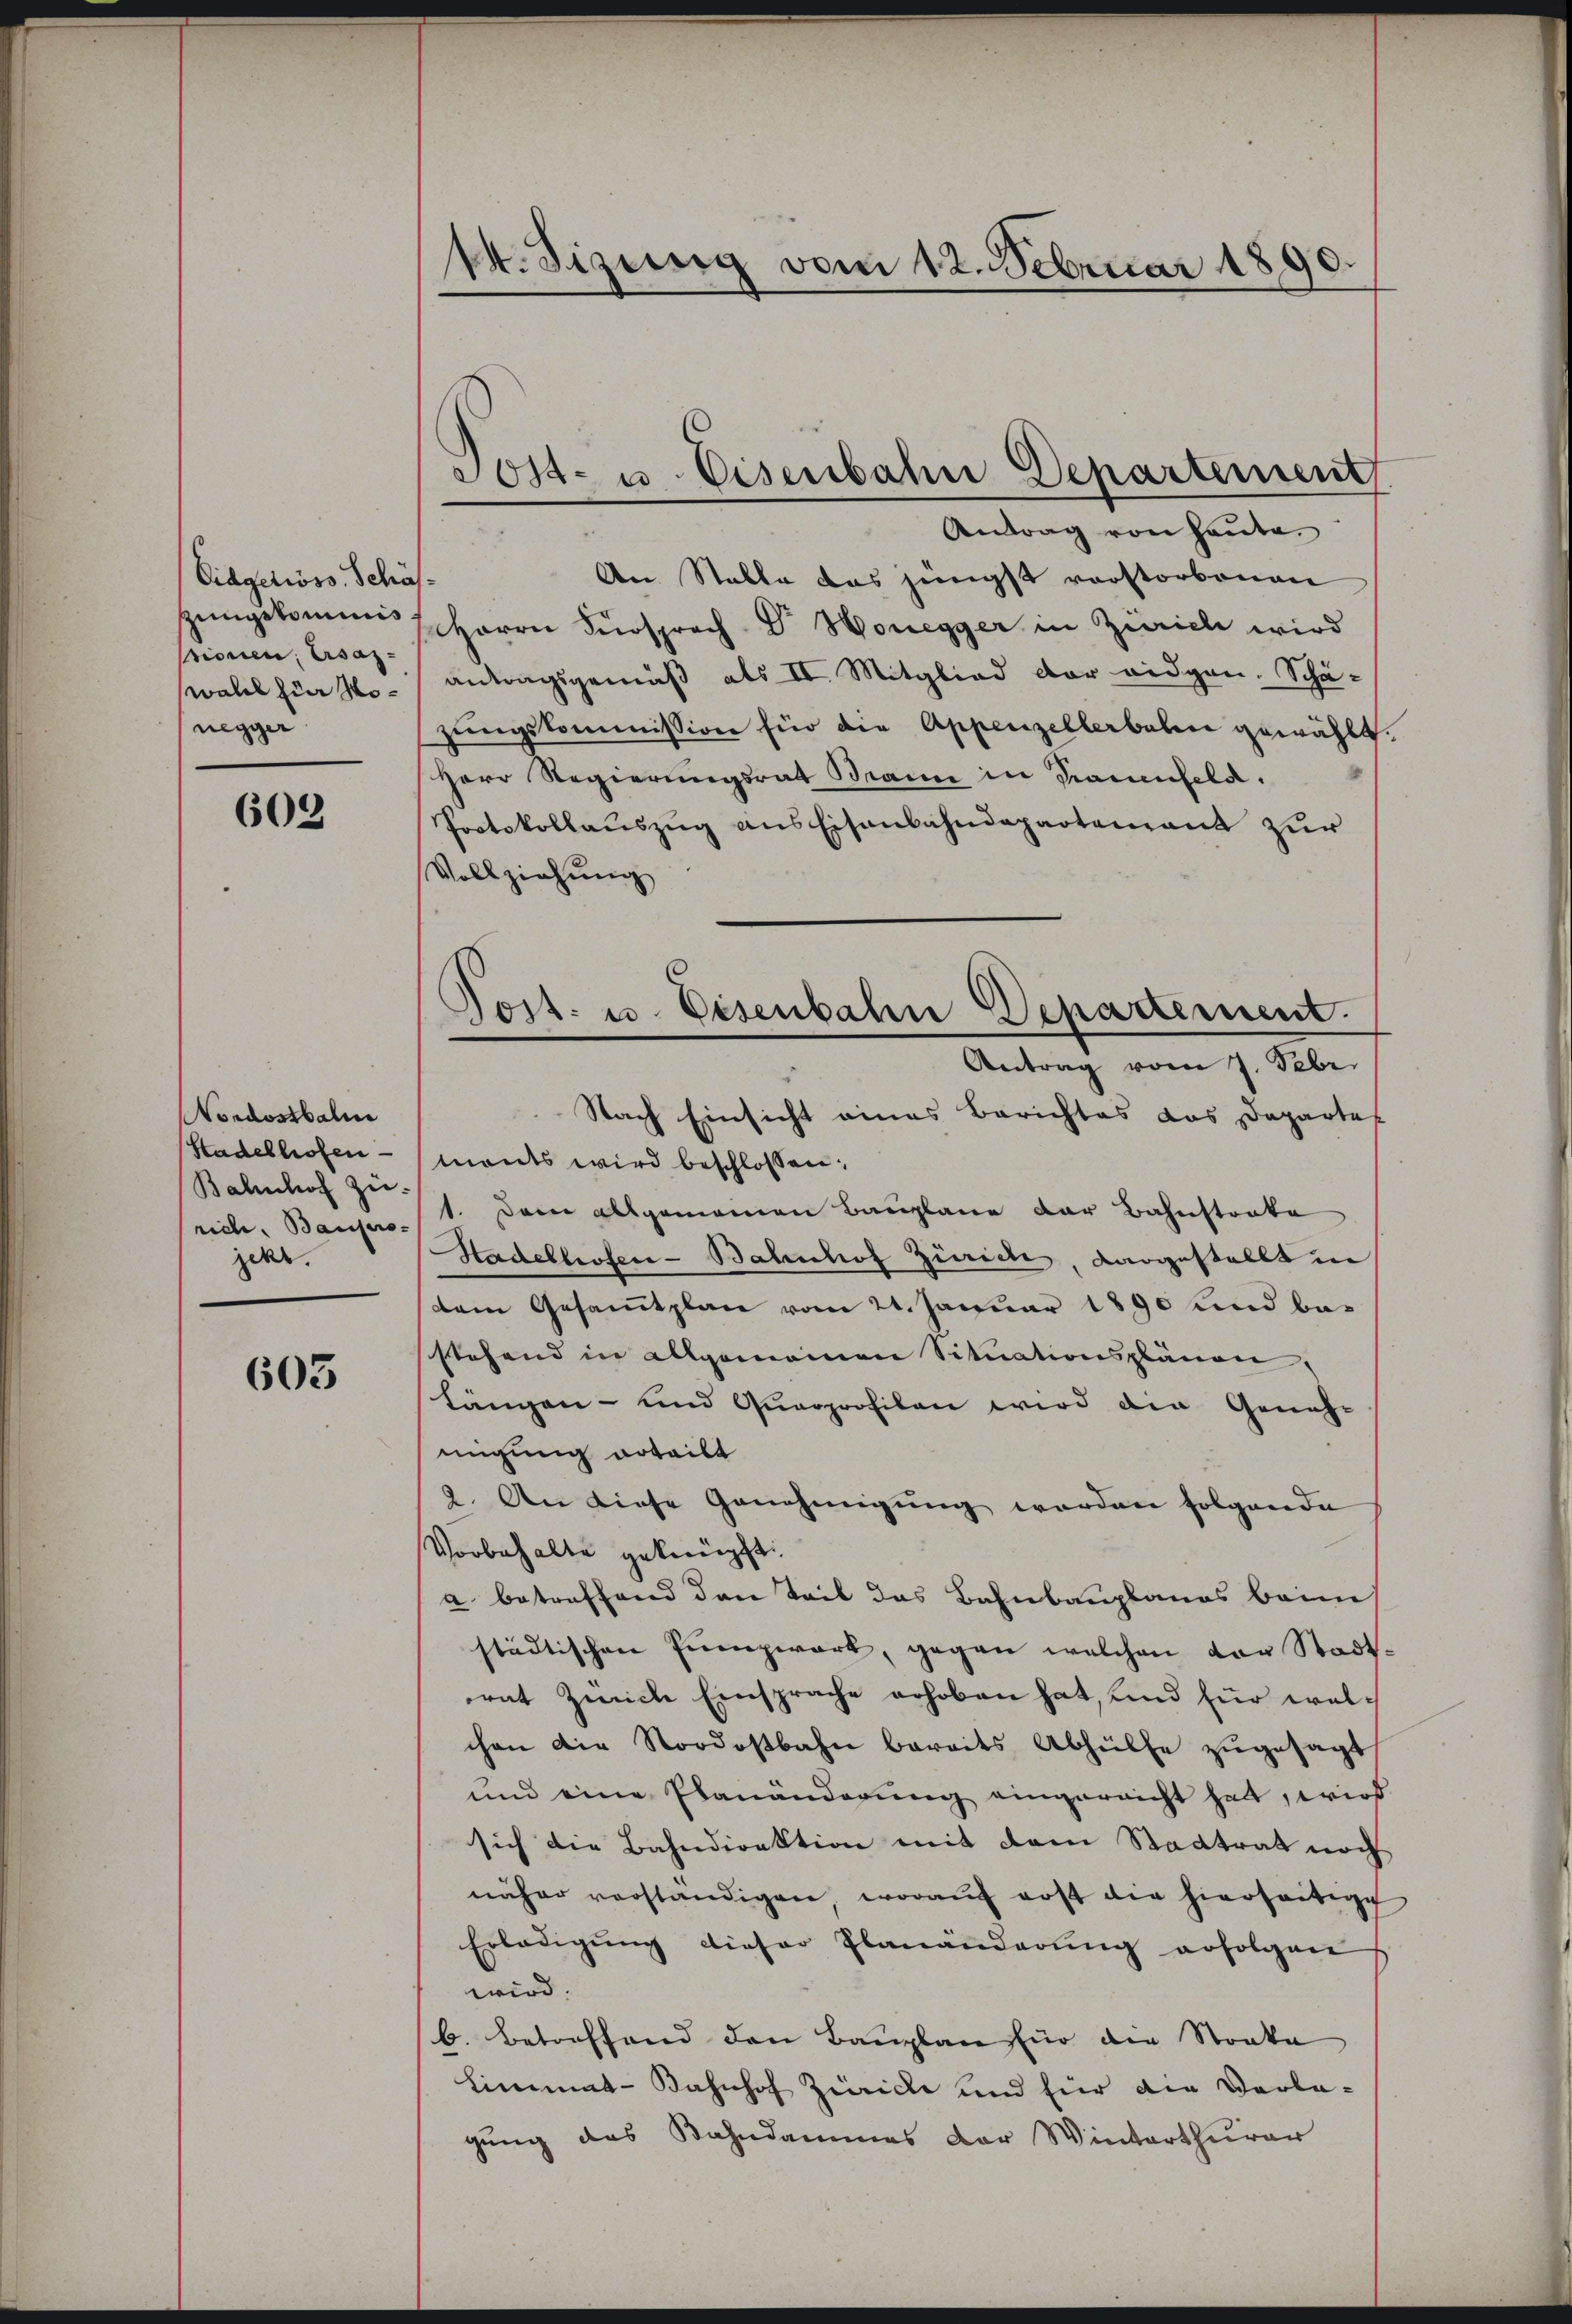
Eidgetioso Schäfsungskommis
rionen, Ersazwahl zur Monegger

603

Nordostbalm
Stadelhofen
Bahnhof zu-
ricle, Baupro-
jekr.

603

14. Sizung vom 12. Februar 1890.

Post- u. Eisenbahn Departement

Antrag von heute.
An Stable das jüngst verstorbenen
Herrn Fürsprach Dr Honegger in Zürich wird
antragsgemäß als II. Mitglied der eidgen. Schä-
zŭngskommission für die Appenzellerbalen gewählt.
Herr Regierungsrat Brann in Trauenfeld.
Protokollaŭszŭg ans Eisenbahndepartement zur
Vollziehung
Nach Einsicht eines Berichtes das Departet
monts wird beschlossen:
1. Dann allgemeinen Bauplane der Bahnstrate
Stadelhofer-Bahnhof Zürich dargestellt in
dem Gesamtplan vom 21. Januar 1890 und bestehend in allgemeinen Sitŭationsplänen,
längen- und Quarprofilen wird die Geneh-
migung erteilt
2. An diese Genehmigung werden folgende
Vorbehalte geknüpft.
u betreffend den Teil das Bahnbauplanes beim
städtischen Punzwerk, gegen welchen der Stadtrat Zeiche Einsprache erhoben hat, und für welchen die Nordostbahn bereits Abhülfe zŭgesagt
und eine Planänderung eingereicht hat, wird
sich die Bahndirektion mit dem Stadtrat noch
näher verständigen, woraŭf erst die hierseitige
Erledigŭng dieser Planänderŭng erfolgen
wird.
b. Betreffend den Bauplan für die Staate
Limmat-Bahnhof Zürich und für die Vorlagung des Bahndammes der Winterthurer

Post. u. Eisenbahn Departement.
Antrag vom 7. Febr.